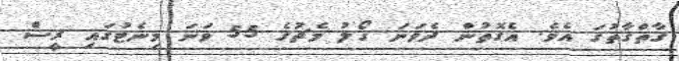
ގާތްގާތުގަ އެވެ. އެގޮތުން ދެވަނަ ގޯލު މެޗުގެ 55 ވަނަ މިނެޓުގައި ރީސް